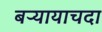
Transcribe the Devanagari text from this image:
बऱ्यायाचदा